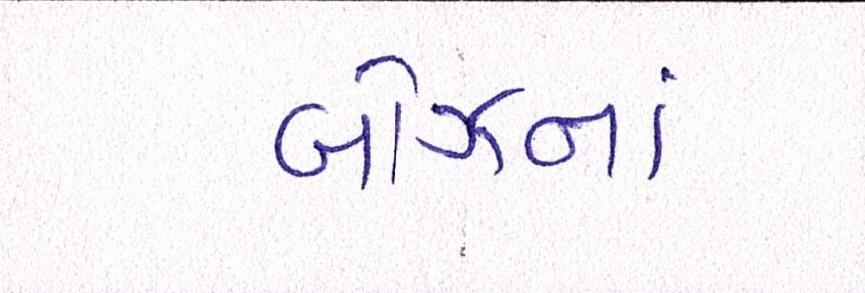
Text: બોઝનાં